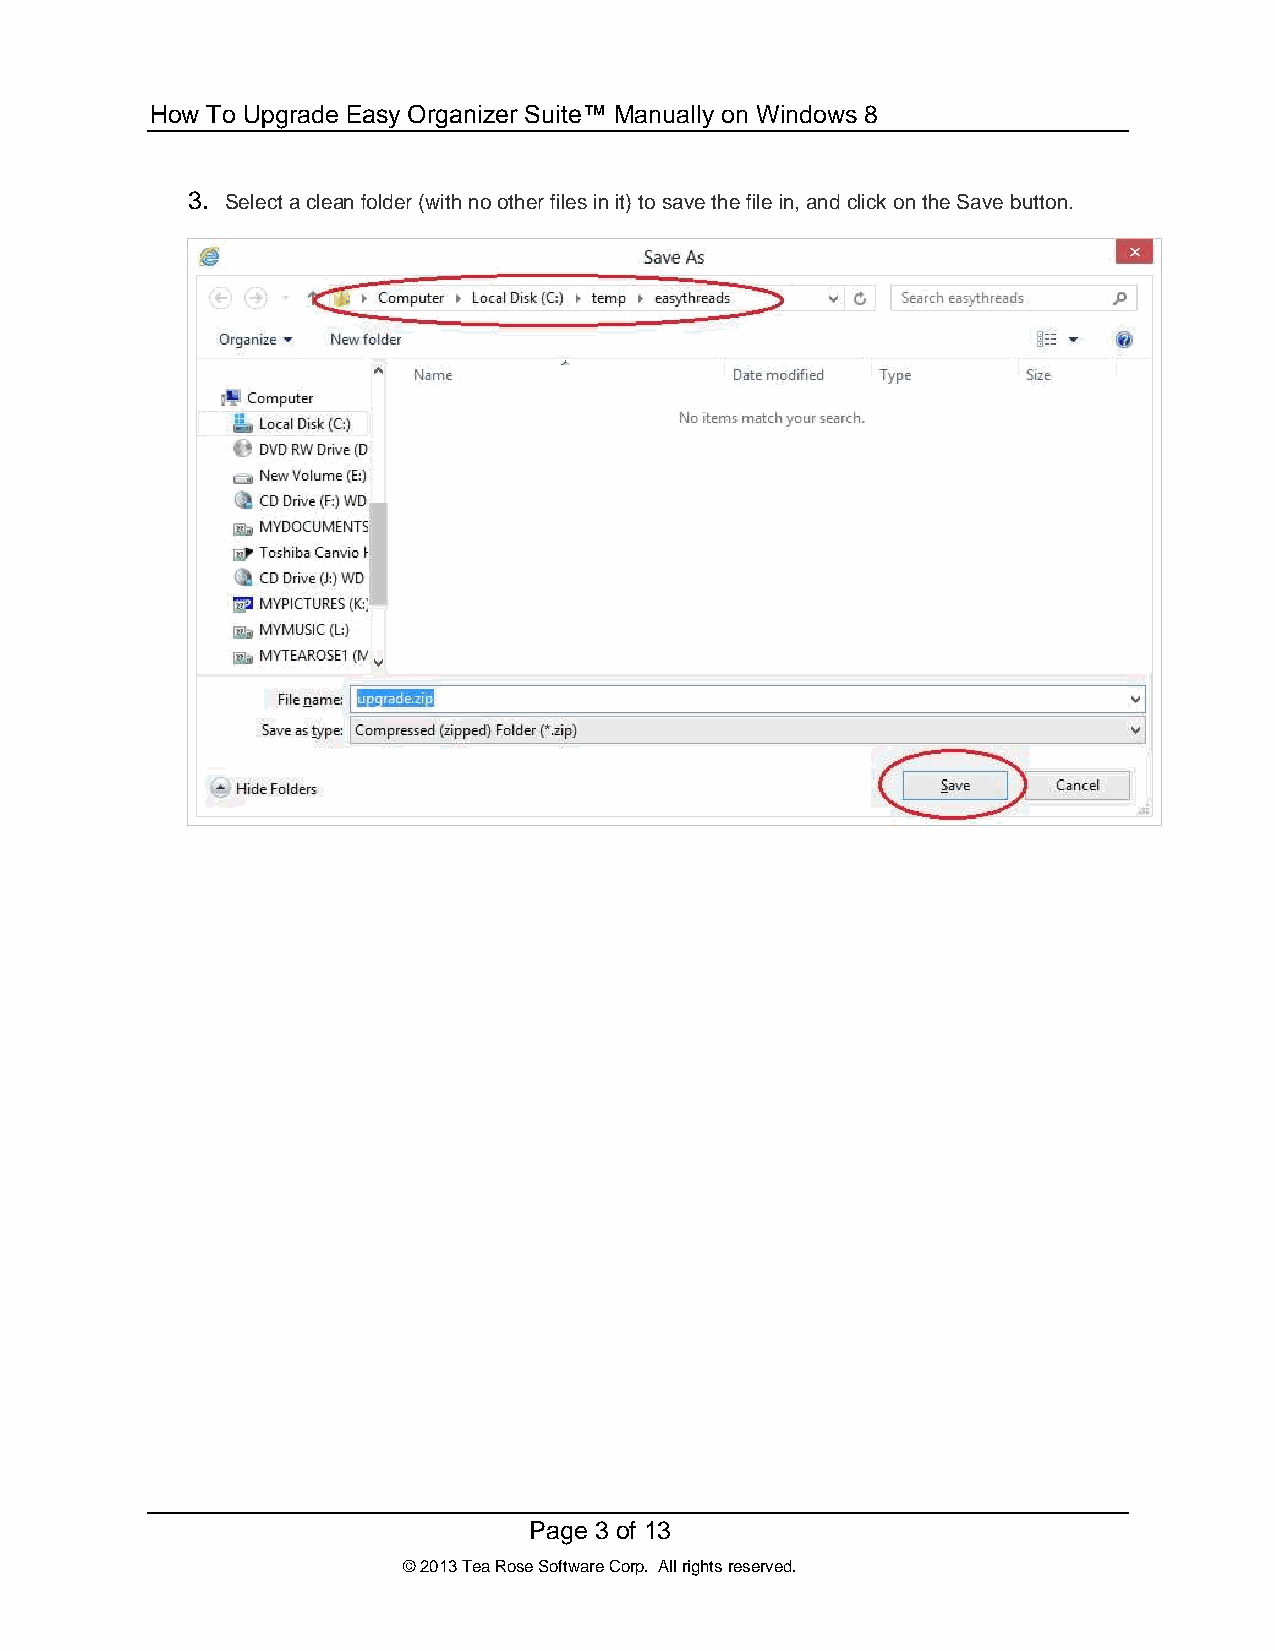
How To Upgrade Easy Organizer Suite™ Manually on Windows 8
 3. Select a clean folder (with no other files in it) to save the file in, and click on the Save button.
 Page 3 of 13
 © 2013 Tea Rose Software Corp. All rights reserved.